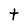
Character: t